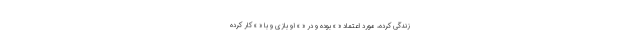
زندگی کرده، مورد اعتماد « » بوده و در « » او بازی و با « » کار کرده